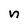
Character: n